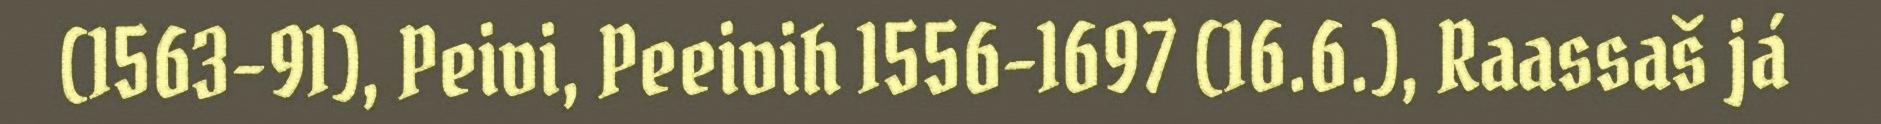
(1563-91), Peivi, Peeivih 1556-1697 (16.6.), Raassaš já